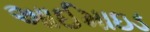
આઈમાઇડ